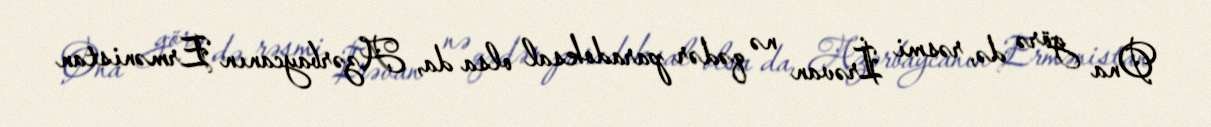
Ona görə də, rəsmi İrəvan nə qədər paradoksal olsa da, Azərbaycanın Ermənistan